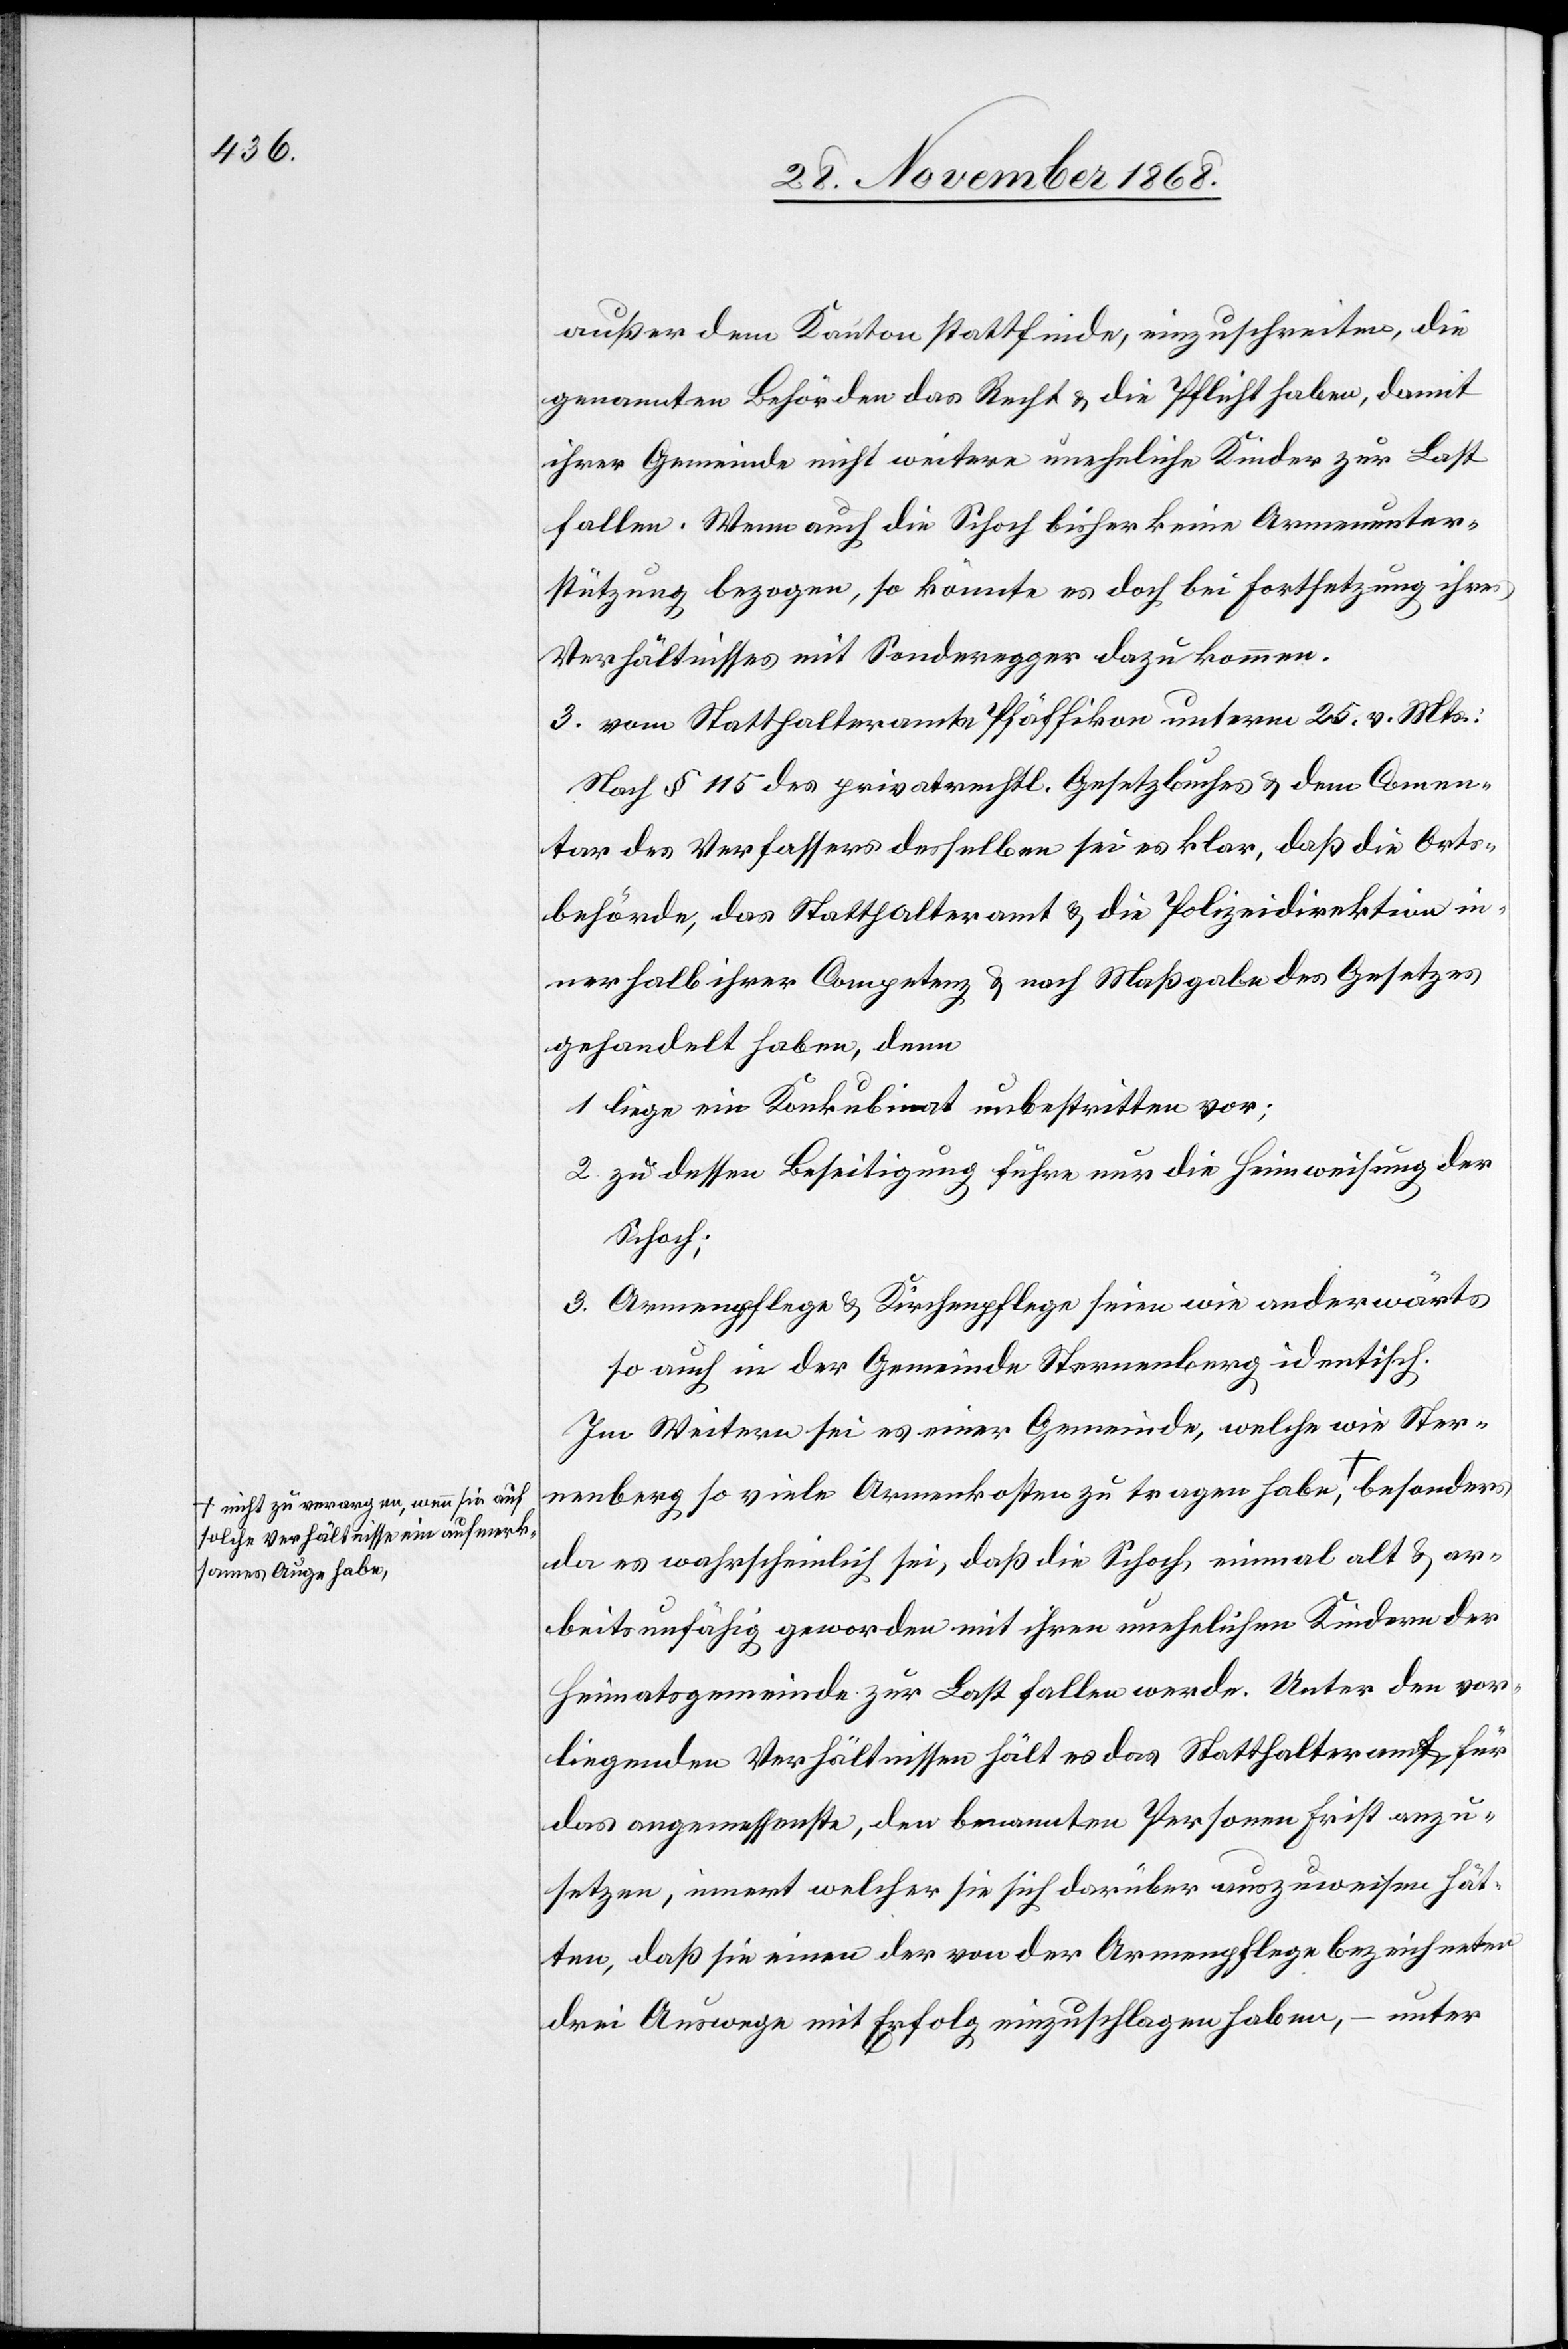
solche Verhältnisse ein aufmerk¬
sames Auge habe,-a

außer dem Kanton stattfinde, einzuschreiten, die
genannten Behören das Recht & die Pflicht haben, damit
ihrer Gemeinde nicht weitere uneheliche Kinder zur Last
fallen. Wenn auch die Schoch bisher keine Armenunter¬
stützung bezogen, so könnte es doch bei Fortsetzung ihres
Verhältnisses mit Sonderegger dazu kommen.
3. vom Statthalteramte Pfäffikon unterm 25. v. Mts.:
Nach § 115 des privatrechtl. Gesetzbuches & dem Comen¬
tar des Verfassers desselben sei es klar, daß die Orts¬
behörde, das Statthalteramt & die Polizeidirektion in¬
nerhalb ihrer Competenz & nach Maßgabe des Gesetzes
gehandelt haben, denn
liege ein Konkubinat unbestritten vor;
zu dessen Beseitigung führe nur die Heimweisung der
Schoch;
Armenpflege & Kirchenpflege seien wie anderwärts
so auch in der Gemeinde Sternenberg identisch.
Im Weitern sei es einer Gemeinde, welche wie Ster¬
nenberg so viele Armenkosten zu tragen habe, a-nicht
da es wahrscheinlich sei, daß die Schoch, einmal alt & ar¬
beitsunfähig geworden mit ihren unehelichen Kindern der
Heimatsgemeinde zur Last fallen werde. Unter den vor¬
liegenden Verhältnissen hält es das Statthalteramt für
das angemessenste, den benannten Personen Frist anzu¬
setzen, innert welcher sie sich darüber auszuweisen hät¬
ten, daß sie einen der von der Armenpflege bezeichneten
drei Auswege mit Erfolg einzuschlagen haben, – unter